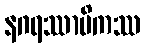
နဂရဿာမိကဿ